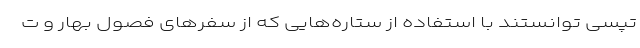
تپسی توانستند با استفاده از ستاره‌هایی که از سفرهای فصول بهار و ت